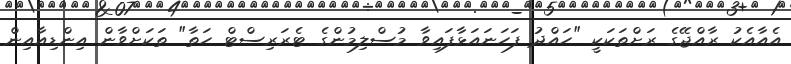
އެއާއެކު ރާއްޖޭގެ ރަށްތަކަކީ "ހައްދު ފަހަނައަޅާފައިވާ މުސްލިމުންގެ ޓެރަރިސްޓް ހަތާ" ތަކަށްވާން އިންޑިއާއިން